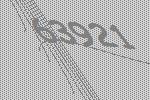
63921